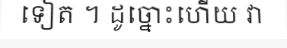
ទៀត ។ ដូច្នោះហើយ វា